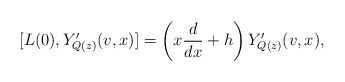
\begin{align*}[L(0), Y'_{Q(z)}(v, x)]=\left(x\frac{d}{dx}+h\right)Y'_{Q(z)}(v, x),\end{align*}